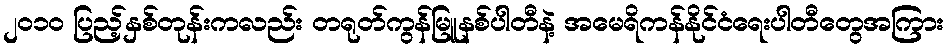
၂၀၁၀ ပြည့်နှစ်တုန်းကလည်း တရုတ်ကွန်မြူနစ်ပါတီနဲ့ အမေရိကန်နိုင်ငံရေးပါတီတွေအကြား